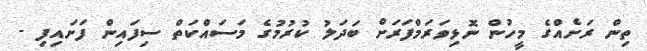
ތިން ރަށެއްގެ މީހުން ނޮޅިވަރަމްފަރަށް ބަދަލު ކުރުމުގެ މަސައްކަތް ސިފައިން ފަށައިފި -